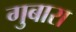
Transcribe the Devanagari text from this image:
गुबारा